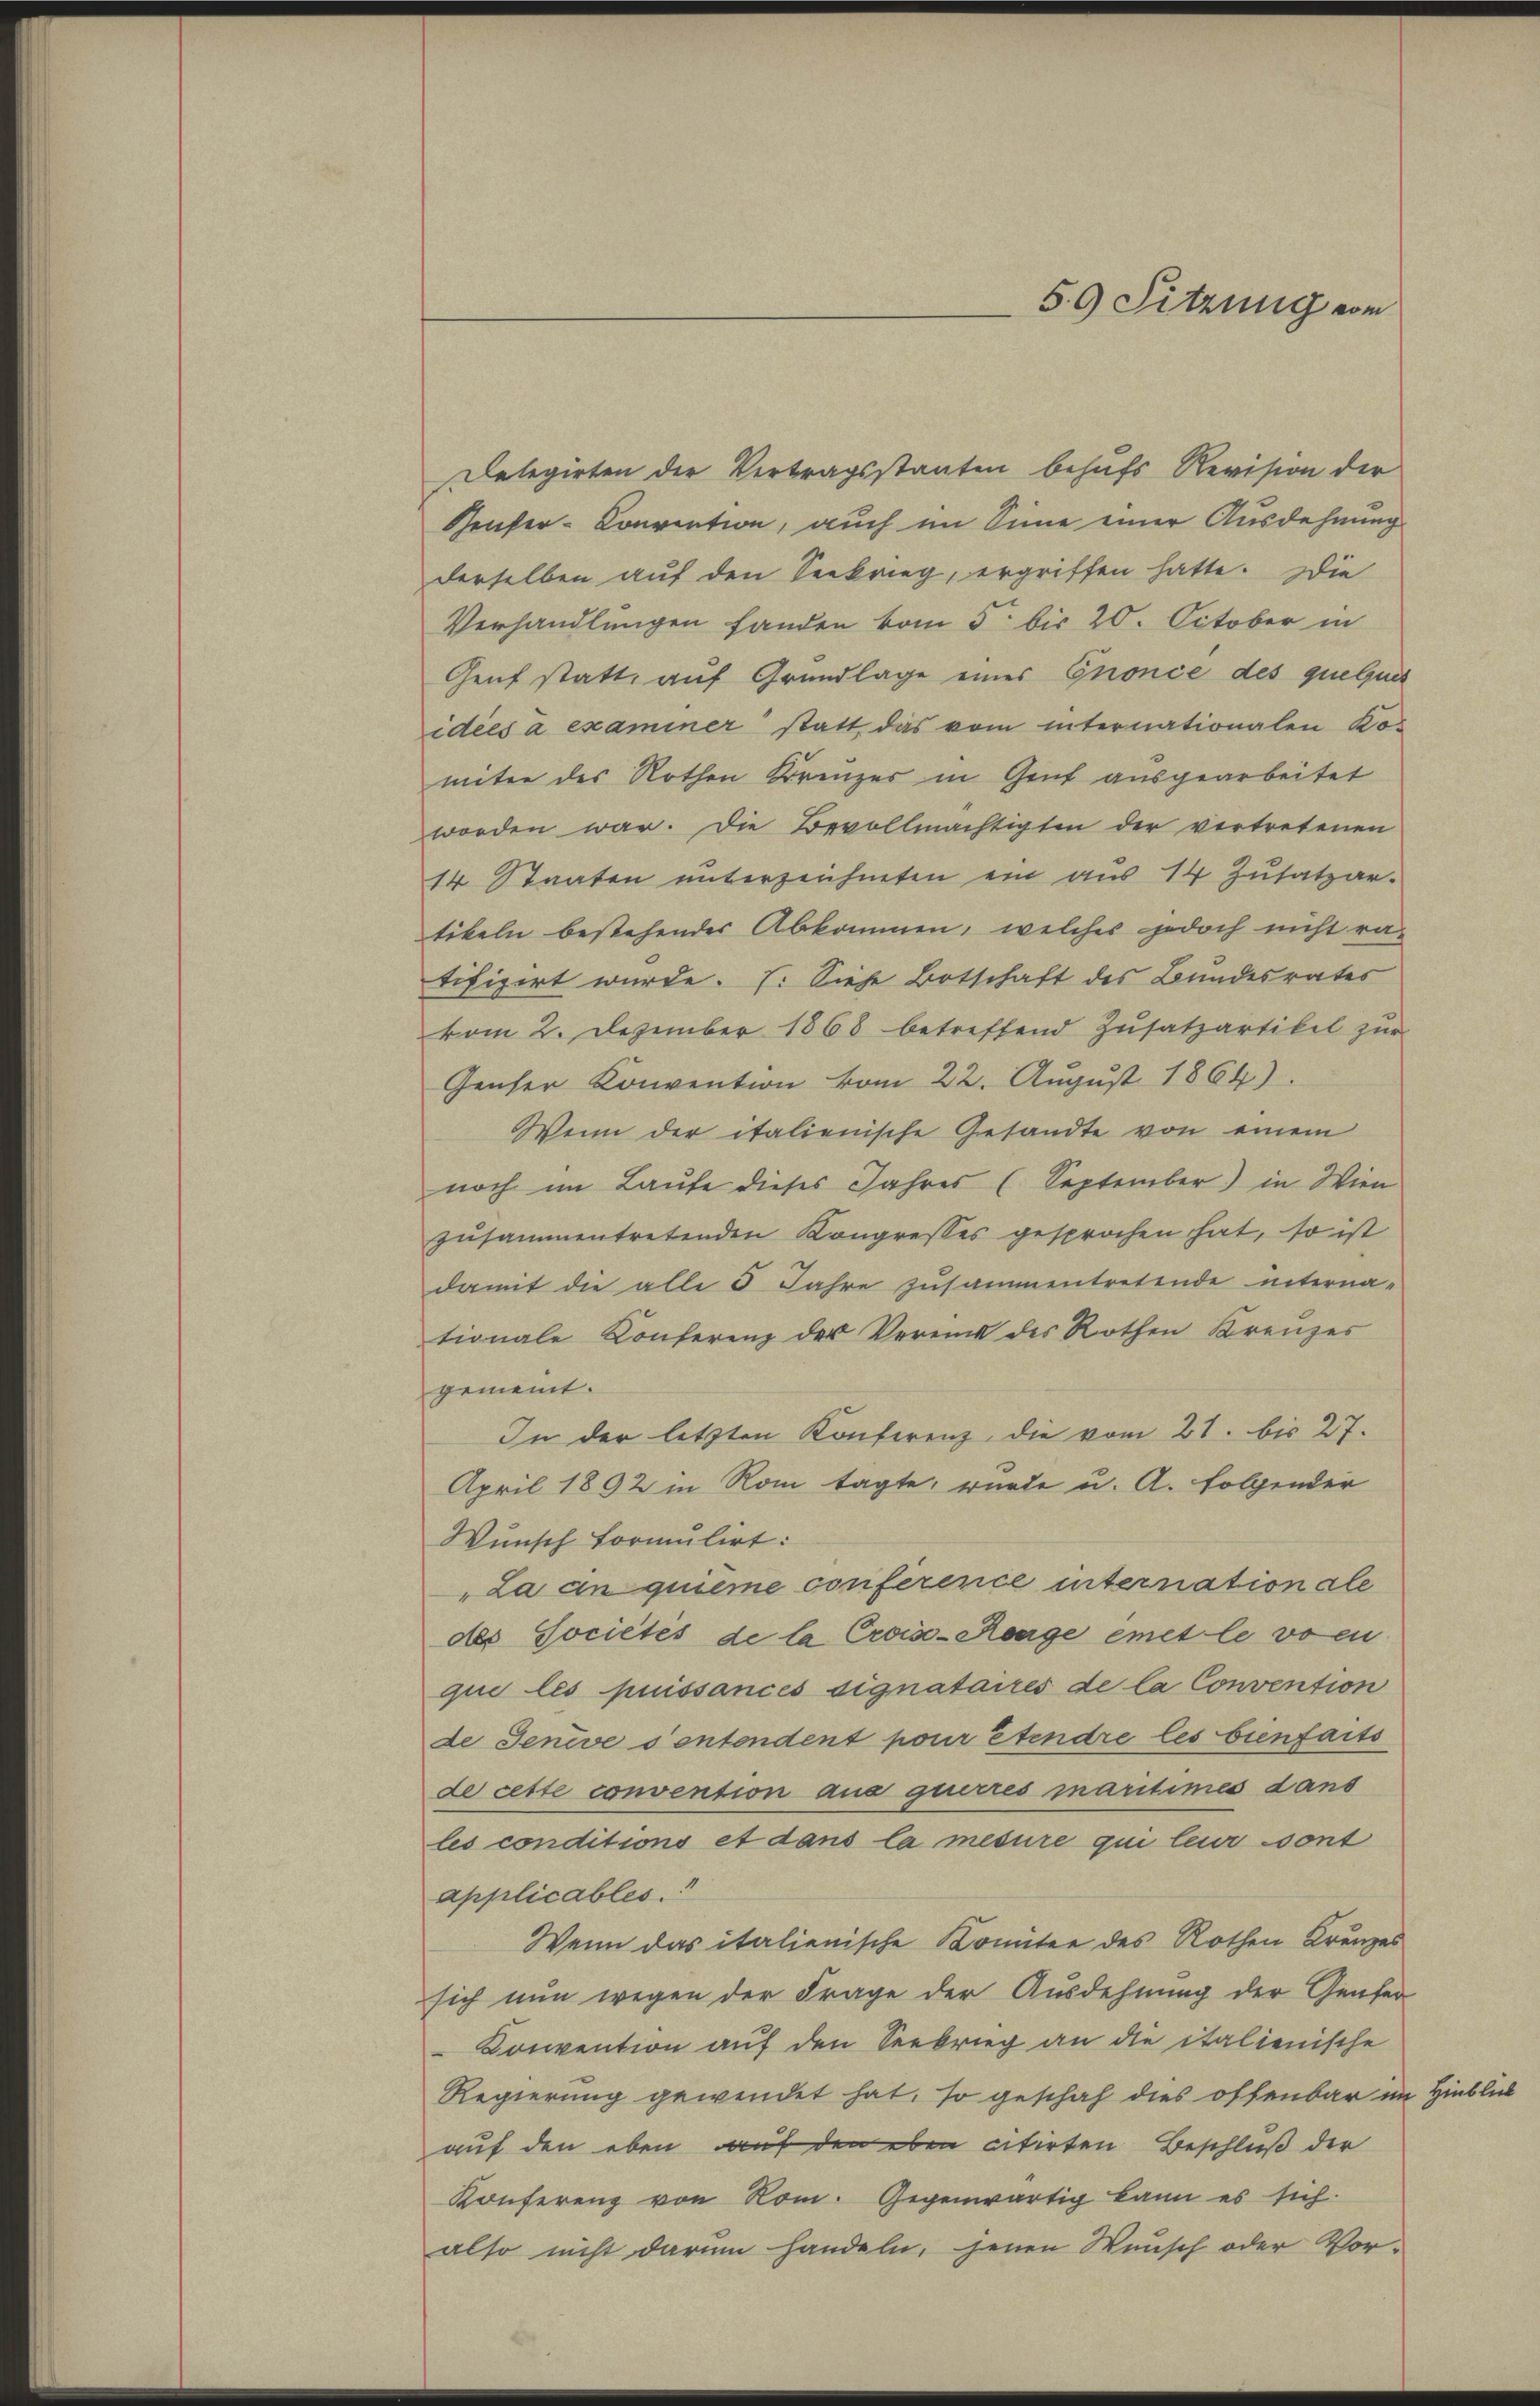
Delegirten der Vertragsstanten behufs Revision der
Genfer-Convention, auch im Sinne einer Ausdehnung
derselben auf den Seekrieg, ergriffen hatte. Die
Verhandlungen fanden vom 5 bis 20. October in
Genf statt, auf Grundlage einer Gnonce des quelques
idées à examiner statt das vom internationalen Ko-
miter des Rothen Kreuzer in Gent ausgearbeitet
worden war. Die Bevollmächtigten der vertretenen
14. Staaten unterzeichneten ein aus 14 Zusatzar-
tikeln bestehender Abkommen, welches jedoch nicht ra-
tifizirt wurde. (: Siehe Botschaft des Bundesrates
vom 2. Dezember 1868 betreffend Zŭsatzartikel zŭr
Genser Konvention vom 22. Aŭgŭst 1864).
Wenn der italienische Gesandte von einem
noch im Laufe dieses Jahres (September) in Wien
zusammentretenden Kongresses gesprochen hat, so ist
damit die alle 5 Jahre zusammentretende interna-
tionale Konferenz der Verein des Rothen Kreuzes
gemeint.
In der letzten Konferenz, die vom 21. bis 27.
April 1892 in Rom tagte, wurde u. A. Folgender
Wunsch formulirt:
"La anquième conference internationale
des Sociétés de la Crois-Range emet le vom
que les puissances signataires de la Convention
de Jenive sentendent pour étendre les bienfaits
de cette convention aus querres maritimes dans
les conditions et dans la mesure qui leur sont
applicables.“
Wenn das italienische Komitee des Rothen Krenzes
sich nun wegen der Frage der Ausdehnung der Genfer
Konvention auf den Seebrieg an die italienische
Regierung gewendet hat, so geschah dies offenbar im Hinblick
auf den eben auf den eben citirten Beschluß der
Konferenz von Rom. Gegenwärtig kann es sich
also nicht darum handeln, jenen Wunsch oder Vor-

S.9 Sitzung vom